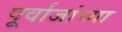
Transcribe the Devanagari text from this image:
पूर्वाजांच्या